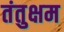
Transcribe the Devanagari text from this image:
तंतुक्षम